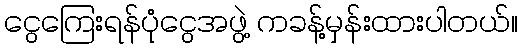
ငွေကြေးရန်ပုံငွေအဖွဲ့ ကခန့်မှန်းထားပါတယ်။